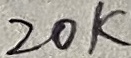
Text: 20K